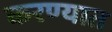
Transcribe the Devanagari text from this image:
करण्यात